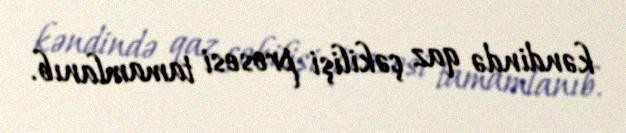
kəndində qaz çəkilişi prosesi tamamlanıb.